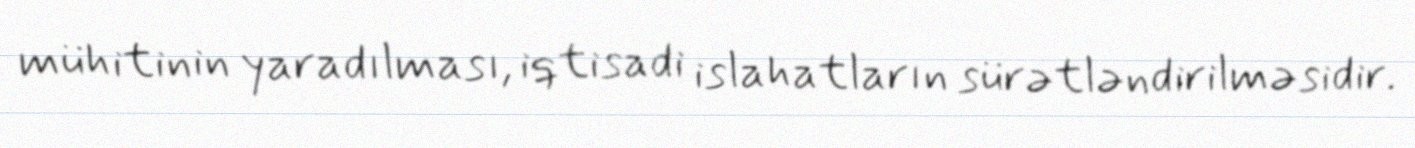
mühitinin yaradılması, iqtisadi islahatların sürətləndirilməsidir.